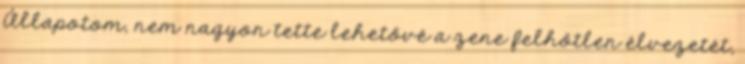
Állapotom, nem nagyon tette lehetővé a zene felhőtlen élvezetét,